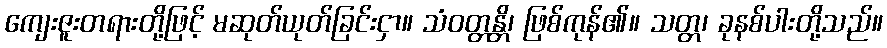
ကျေးဇူးတရားတို့ဖြင့် မဆုတ်ယုတ်ခြင်းငှာ။ သံဝတ္တန္တိ၊ ဖြစ်ကုန်၏။ သတ္တ၊ ခုနစ်ပါးတို့သည်။